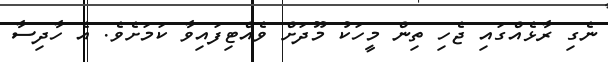
ނެގި ރާޅެއްގައި ޖެހި ތިން މީހަކު މޫދަށް ވެއްޓިފައިވާ ކަމަށެވެ. އެ ހާދިސާ